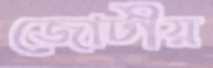
জোটীয়